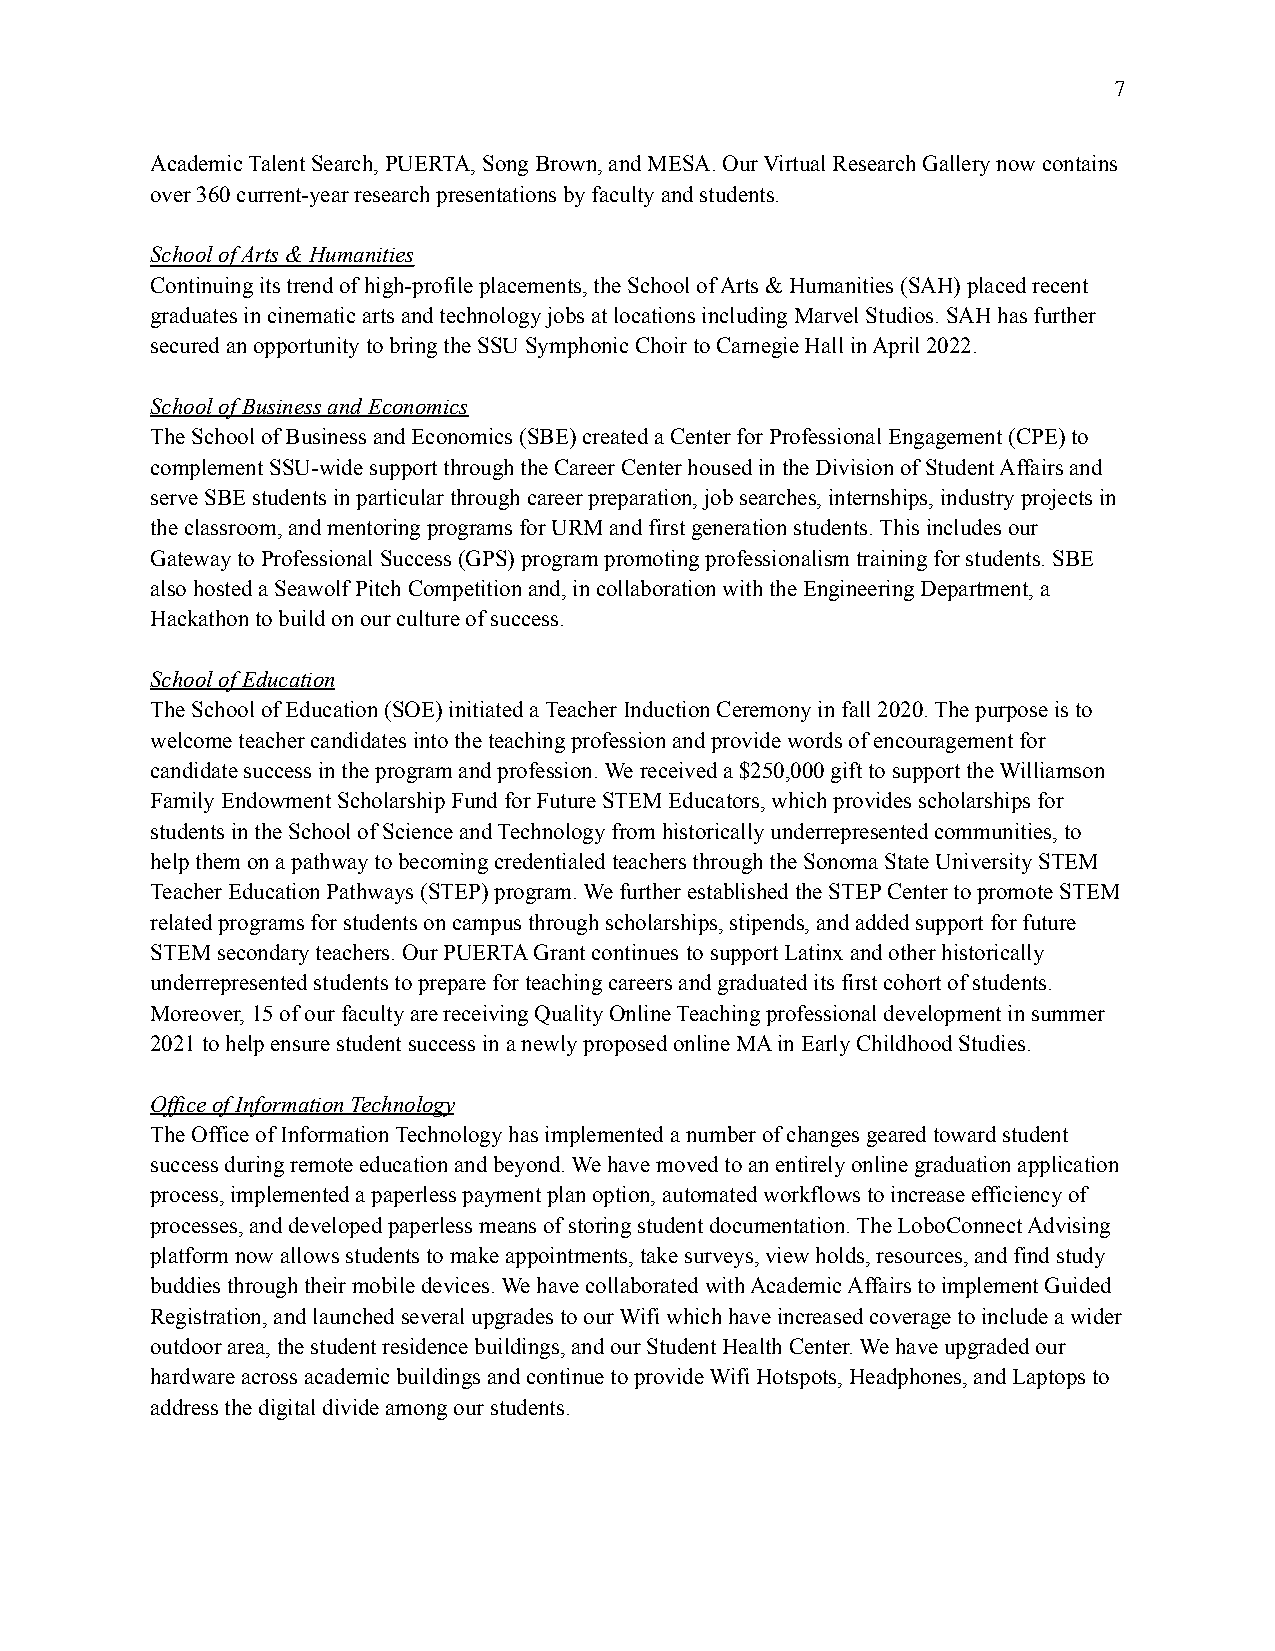
7
 Academic Talent Search, PUERTA, Song Brown, and MESA. Our Virtual Research Gallery now contains
 over 360 current-year research presentations by facultyand students.
 School of Arts & Humanities
 Continuing its trend of high-profile placements, theSchool of Arts & Humanities (SAH) placed recent
 graduates in cinematic arts and technology jobs atlocations including Marvel Studios. SAH has further
 secured an opportunity to bring the SSU SymphonicChoir to Carnegie Hall in April 2022.
 School of Business and Economics
 The School of Business and Economics (SBE) createda Center for Professional Engagement (CPE) to
 complement SSU-wide support through the Career Centerhoused in the Division of Student Affairs and
 serve SBE students in particular through career preparation,job searches, internships, industry projects in
 the classroom, and mentoring programs for URM andfirst generation students. This includes our
 Gateway to Professional Success (GPS) program promotingprofessionalism training for students. SBE
 also hosted a Seawolf Pitch Competition and, in collaborationwith the Engineering Department, a
 Hackathon to build on our culture of success.
 School of Education
 The School of Education (SOE) initiated a TeacherInduction Ceremony in fall 2020. The purpose is to
 welcome teacher candidates into the teaching professionand provide words of encouragement for
 candidate success in the program and profession. Wereceived a $250,000 gift to support the Williamson
 Family Endowment Scholarship Fund for Future STEMEducators, which provides scholarships for
 students in the School of Science and Technology fromhistorically underrepresented communities, to
 help them on a pathway to becoming credentialed teachersthrough the Sonoma State University STEM
 Teacher Education Pathways (STEP) program. We furtherestablished the STEP Center to promote STEM
 related programs for students on campus through scholarships,stipends, and added support for future
 STEM secondary teachers. Our PUERTA Grant continues to support Latinx and other historically
 underrepresented students to prepare for teachingcareers and graduated its first cohort of students.
 Moreover, 15 of our faculty are receiving QualityOnline Teaching professional development in summer
 2021 to help ensure student success in a newly proposedonline MA in Early Childhood Studies.
 Office of Information Technology
 The Office of Information Technology has implementeda number of changes geared toward student
 success during remote education and beyond. We havemoved to an entirely online graduation application
 process, implemented a paperless payment plan option,automated workflows to increase efficiency of
 processes, and developed paperless means of storingstudent documentation. The LoboConnect Advising
 platform now allows students to make appointments,take surveys, view holds, resources, and find study
 buddies through their mobile devices. We have collaboratedwith Academic Affairs to implement Guided
 Registration, and launched several upgrades to ourWifi which have increased coverage to include a wider
 outdoor area, the student residence buildings, andour Student Health Center. We have upgraded our
 hardware across academic buildings and continue toprovide Wifi Hotspots, Headphones, and Laptops to
 address the digital divide among our students.